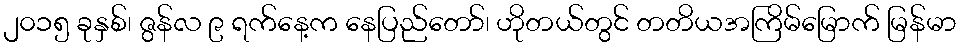
၂၀၁၅ ခုနှစ်၊ ဇွန်လ ၉ ရက်နေ့က နေပြည်တော်၊ ဟိုတယ်တွင် တတိယအကြိမ်မြောက် မြန်မာ